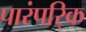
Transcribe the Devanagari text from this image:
पारंपरि्क